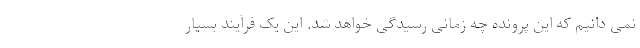
نمی دانیم که این پرونده چه زمانی رسیدگی خواهد شد. این یک فرآیند بسیار